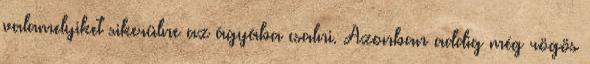
valamelyiket sikerülne az ágyába csalni. Azonban addig még rögös